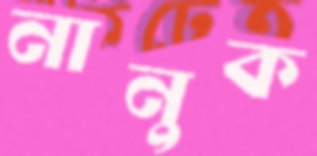
নানুক